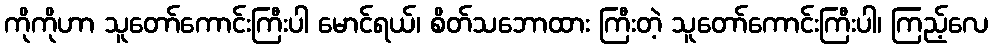
ကိုကိုဟာ သူတော်ကောင်းကြီးပါ မောင်ရယ်၊ စိတ်သဘောထား ကြီးတဲ့ သူတော်ကောင်းကြီးပါ၊ ကြည့်လေ